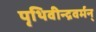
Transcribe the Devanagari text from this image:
पृथिवीन्द्रवर्मन्